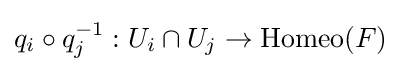
q_{i}\circ q_{j}^{-1}:U_{i}\cap U_{j}\to \operatorname {Homeo} (F)